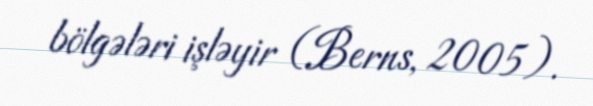
bölgələri işləyir (Berns, 2005).